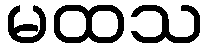
မထသ